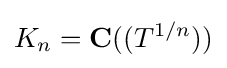
K_{n}=\mathbf {C} ((T^{1/n}))